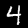
Digit: 4